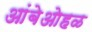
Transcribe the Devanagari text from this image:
आंबेओहळ